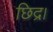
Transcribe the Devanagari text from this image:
छिद्र।